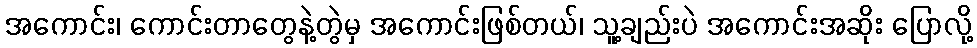
အကောင်း၊ ကောင်းတာတွေနဲ့တွဲမှ အကောင်းဖြစ်တယ်၊ သူ့ချည်းပဲ အကောင်းအဆိုး ပြောလို့